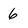
Character: 6